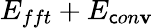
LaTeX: E_{fft}+E_{\mathsf{c}on\mathbf{v}}